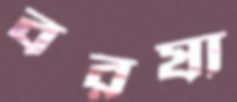
বরষা